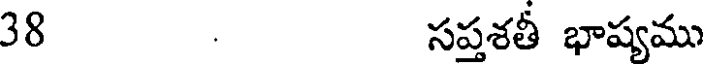
38 సప్తశతీ భాష్యము